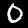
Digit: 0